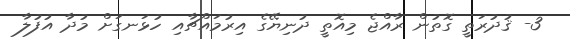
3- ޤުދުރަތީ ގޮތުން ރާއްޖެ މިއޮތީ ދުނިޔޭގެ އިރުމައްޗާއި ހުޅަނގަށް މުދާ އުފުލާ